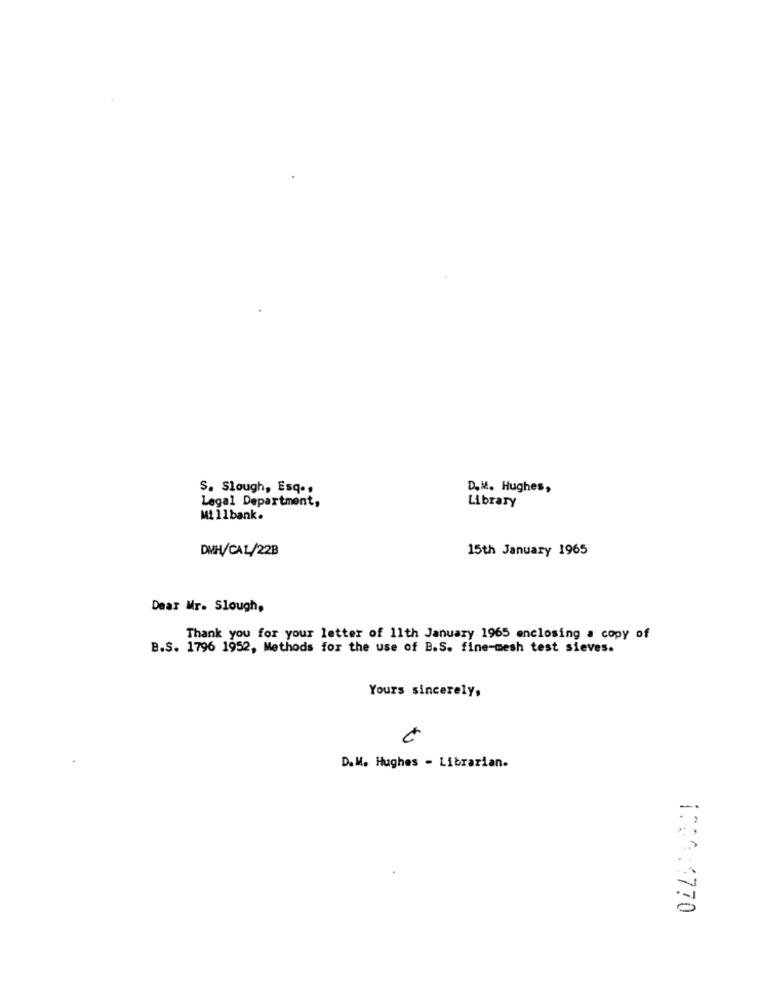
S. Slough, Esq ..
D.M. Hughes,
Legal Department,
Library
Mi 11 bank.
DIH/CAL/22B
15th January 1965
Dear Mr. Slough,
Thank you for your letter of 11th January 1965 enclosing a copy of
B.S. 1796 1952, Methods for the use of B.S. fine-mesh test sieves.
Yours sincerely,
D.M. Hughes - Librarian.
ifGA: 770